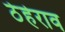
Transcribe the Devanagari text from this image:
ठेहेराव